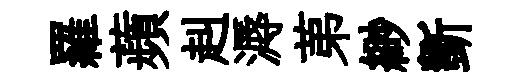
羅蘋赳溽苐緲斵